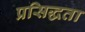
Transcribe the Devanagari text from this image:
प्रसिद्धता